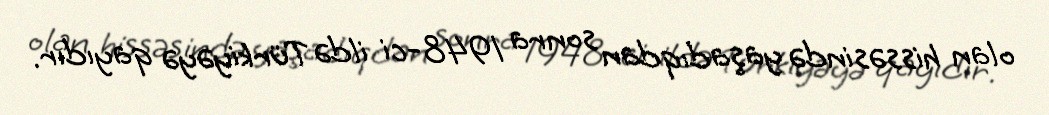
olan hissəsində yaşadıqdan sonra 1948-ci ildə Türkiyəyə qayıdır.